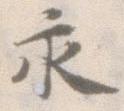
永